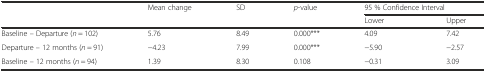
<table><thead><tr><td></td><td><b>Mean change</b></td><td><b>SD</b></td><td><b><i>p</i>-value</b></td><td colspan="2"><b>95 % Confidence Interval</b></td></tr><tr><td></td><td></td><td></td><td></td><td><b>Lower</b></td><td><b>Upper</b></td></tr></thead><tbody><tr><td>Baseline – Departure (<i>n</i> = 102)</td><td>5.76</td><td>8.49</td><td>0.000***</td><td>4.09</td><td>7.42</td></tr><tr><td>Departure – 12 months (<i>n</i> = 91)</td><td>−4.23</td><td>7.99</td><td>0.000***</td><td>−5.90</td><td>−2.57</td></tr><tr><td>Baseline – 12 months (<i>n</i> = 94)</td><td>1.39</td><td>8.30</td><td>0.108</td><td>−0.31</td><td>3.09</td></tr></tbody></table>